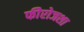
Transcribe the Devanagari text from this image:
फीरोजशा